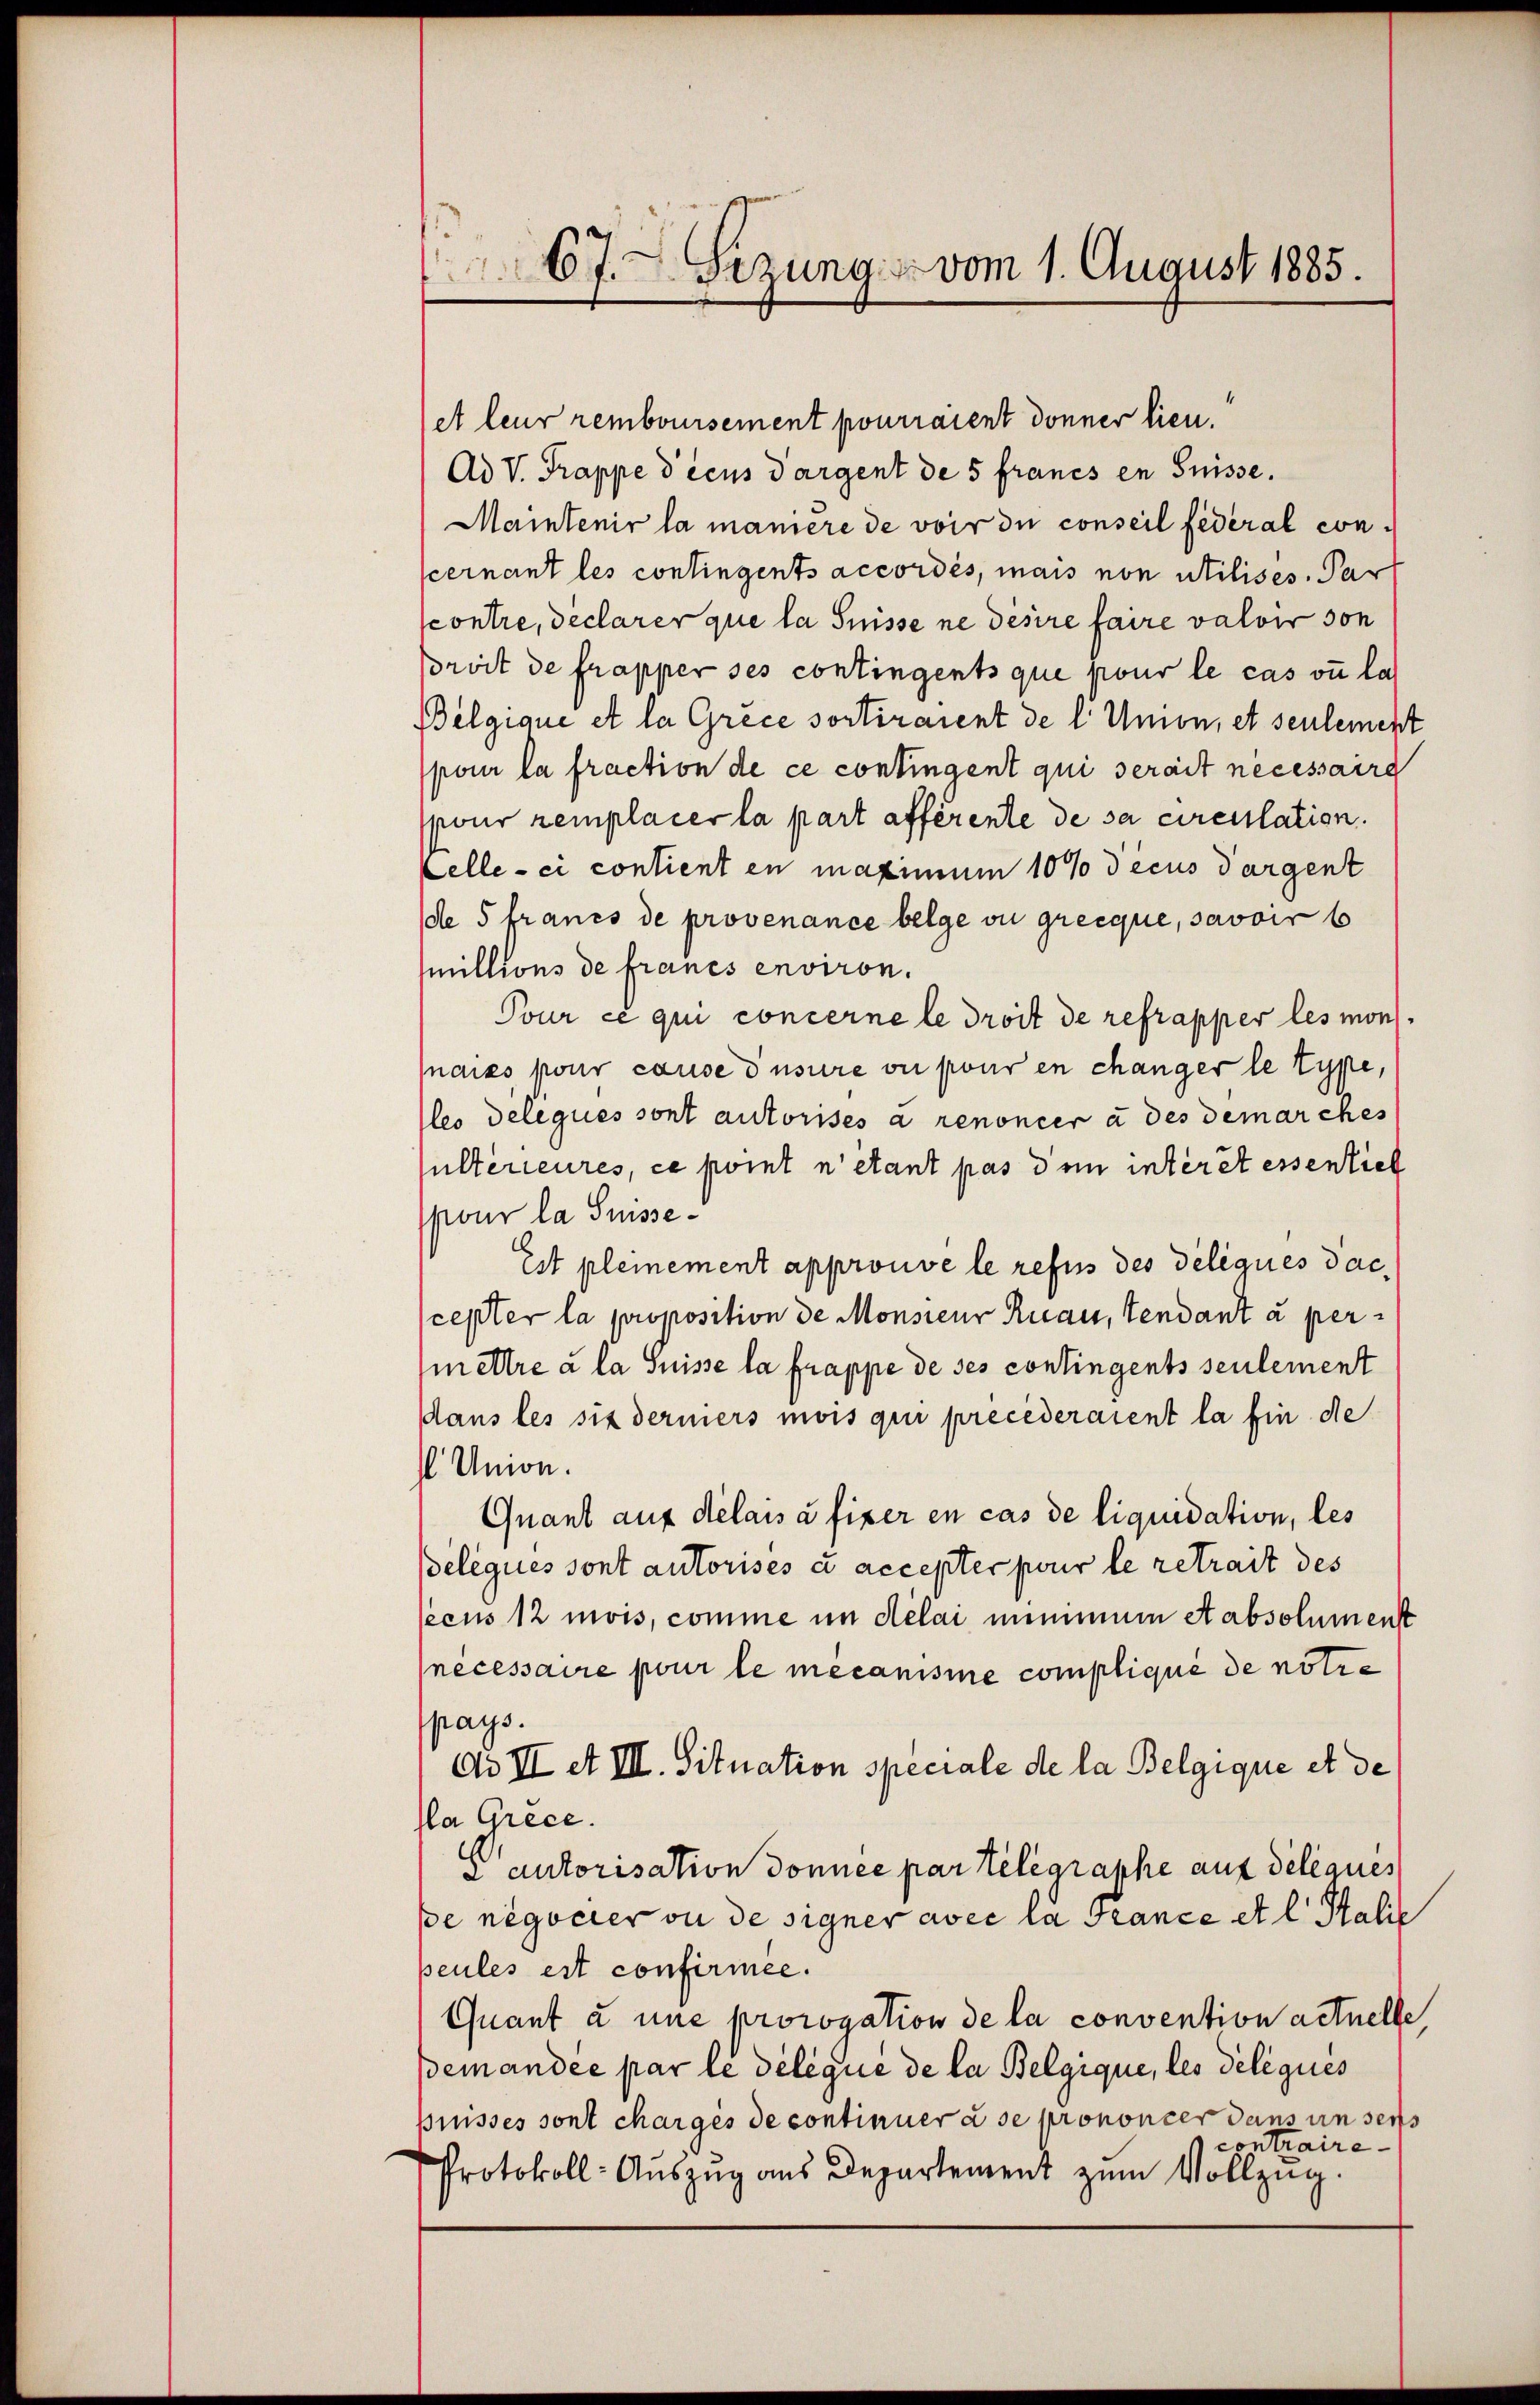
67. Serung vom 1. August 1885.

et leur remboursement pourraient donner lieu.
Ad V. Trappe dicus dargent de 5 francs en Suisse.
Maintenir la manière de voir du conseil fédéral conscernant les contingents accordés, mais non utilises. Par
contre, declarer que la Suisse ne désire faire valoir son
prvit de frapper ses contingents que pour le cas ou las
Belgique et la Grece sortiraient de l' Union, et seulement
pour la fraction de ce contingent qui serait necessaire
pour remplacer la part afférente de sa circulation.
Zelle-ci contient en maximum 10% decus dargent
de 5 francs de provenance belge ou grecque, savoir b
millions de francs environ.
Pour ce qui concerne le droit de refrapper les moni
naies pour cause dusure ou pour en changer le Type,
lles deleques sont autorisés a renoncer à des demarches
ultérieures, ce point n’étant pas dem interet essentiel
pour la Suisse¬
Est pleinement approuve le refus des Deliques daccepter la proposition de Monsieur Ruau, Tendant à permettre à la Suisse la frappe de ses contingents seulement
dans les sit derniers mois qui precederaient la fin de
 Union.
Quant auf délais à fixer en cas de liquidation, les
Belégués sont autorisés à accepter pour le retrait des
peens 12 mois, comme im délai minimum Stabsolumenst
necessaire pour le mecanisine compliqué de notre
pays.
de II et III. Situation speciale de la Belgique et de
Pla Grece.
a autorisation donnée par telegraphe auf deleques
pe négocier ou de signer avec la France et l. Stalie
peules est confirmee.
Quant à une prorogation de la convention actuelle
Bemandée par le délique de la Belgique, les délégues
prusses sont charges de continuer à se prononcer dans unsers
contraire
Protokoll-Aŭszŭg ans Departement zŭm Vollzug.